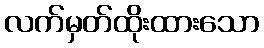
လက်မှတ်ထိုးထားသော